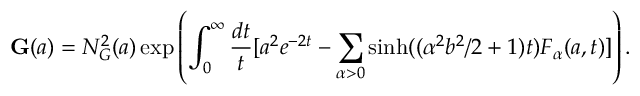
\mathbf { G } ( a ) = N _ { G } ^ { 2 } ( a ) \exp \left( \int _ { 0 } ^ { \infty } \frac { d t } { t } [ a ^ { 2 } e ^ { - 2 t } - \sum _ { \alpha > 0 } \sinh ( ( \alpha ^ { 2 } b ^ { 2 } / 2 + 1 ) t ) F _ { \alpha } ( a , t ) ] \right) .